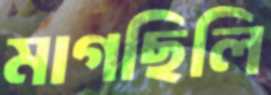
মাগছিলি